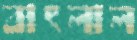
বাৎলাল